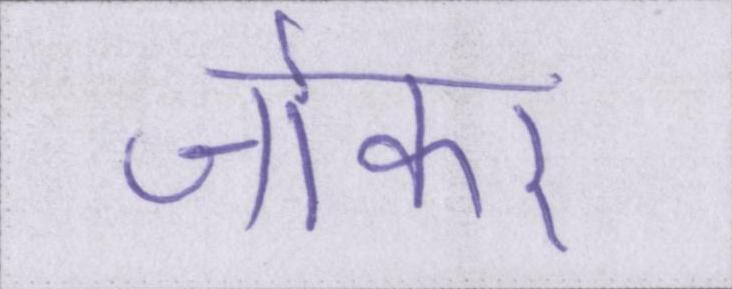
जोकर